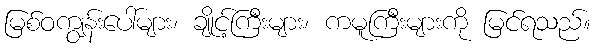
မြစ်ဝကျွန်းပေါ်များ၊ ချိုင့်ကြီးများ၊ ကမူကြီးများကို မြင်ရသည်။